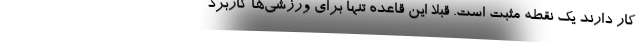
کار دارند یک نقطه مثبت است. قبلا این قاعده تنها برای ورزشی‌ها کاربرد